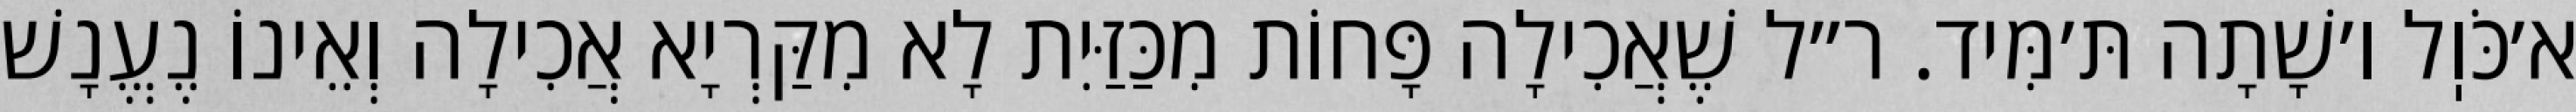
א׳כֹּוֽל ו׳שָׁתָה תּ׳מִּיד. ר״ל שֶׁאֲכִילָה פָּחוֹת מִכַּזַּיִת לָא מִקַּרְיָא אֲכִילָה וְאֵינוֹ נֶעֱנָשׁ